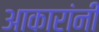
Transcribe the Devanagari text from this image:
आकारांनी